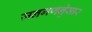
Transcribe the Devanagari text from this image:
जनगणनेुसार